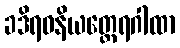
ခဒိရဝနိယတ္ထေရဂါထာ